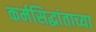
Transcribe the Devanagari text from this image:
कर्मसिद्धांताच्या